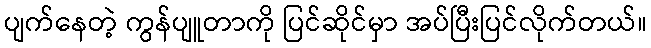
ပျက်နေတဲ့ ကွန်ပျူတာကို ပြင်ဆိုင်မှာ အပ်ပြီးပြင်လိုက်တယ်။